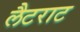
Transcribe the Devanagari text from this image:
लैटराट